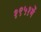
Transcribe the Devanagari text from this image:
१९५१में